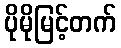
ပိုမိုမြင့်တက်